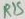
Text: R15